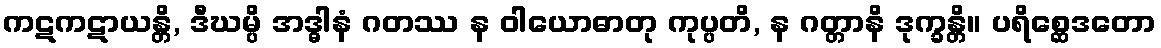
ကဋကဋာယန္တိ, ဒီဃမ္ပိ အဒ္ဓါနံ ဂတဿ န ဝါယောဓာတု ကုပ္ပတိ, န ဂတ္တာနိ ဒုက္ခန္တိ။ ပရိစ္ဆေဒတော